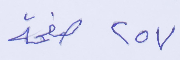
٢٥٧ صفحة